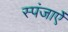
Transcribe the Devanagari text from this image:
स्पंजाऐं